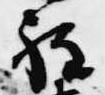
程